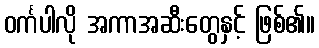
ဝင်္ကပါလို အကာအဆီးတွေနှင့် ဖြစ်၏။